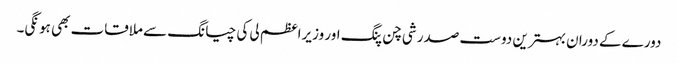
دورے کے دوران بہترین دوست صدر شی چن پنگ اور وزیراعظم لی کی چیانگ سے ملاقات بھی ہونگی۔